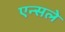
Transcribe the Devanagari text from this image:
एन्सले